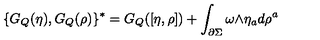
\{ G _ { Q } ( \eta ) , G _ { Q } ( \rho ) \} ^ { * } = G _ { Q } ( [ \eta , \rho ] ) + \int _ { \partial \Sigma } \omega \mathrm { \tiny \wedge } \eta _ { a } d \rho ^ { a }